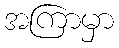
အကြာမှာ